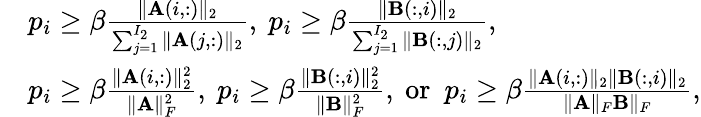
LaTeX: \begin{array}{rl}&{p_{i}\geq\beta\frac{\| \mathbf{A}(i,:)\| _{2}}{\sum_{j=1}^{I_{2}}\| \mathbf{A}(j,:)\| _{2}},\ p_{i}\geq\beta\frac{\| \mathbf{B}(:,i)\| _{2}}{\sum_{j=1}^{I_{2}}\| \mathbf{B}(:,j)\| _{2}},}\\ &{p_{i}\geq\beta\frac{\| \mathbf{A}(i,:)\| _{2}^{2}}{\| \mathbf{A}\| _{F}^{2}},\ p_{i}\geq\beta\frac{\| \mathbf{B}(:,i)\| _{2}^{2}}{\| \mathbf{B}\| _{F}^{2}},\ \mathrm{or~}\ p_{i}\geq\beta\frac{\| \mathbf{A}(i,:)\| _{2}\| \mathbf{B}(:,i)\| _{2}}{\| \mathbf{A}\| _{F}\mathbf{B}\| _{F}},}\end{array}